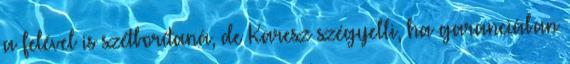
a felével is szétborítaná, de Karesz szégyelli, ha garanciában